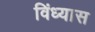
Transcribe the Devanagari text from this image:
विंध्यास